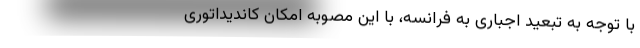
با توجه به تبعيد اجبارى به فرانسه، با اين مصوبه امكان كانديداتورى